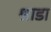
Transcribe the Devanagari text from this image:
श्राडा